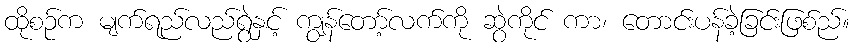
ထိုစဉ်က မျက်ရည်လည်ရွဲနှင့် ကျွန်တော့်လက်ကို ဆွဲကိုင် ကာ၊ တောင်းပန်ခဲ့ခြင်းဖြစ်ည်။